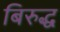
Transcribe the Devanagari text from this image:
बिरुद्ध